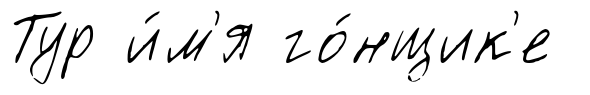
Тур и́м'я го́нщик'е